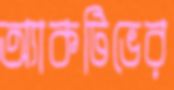
অ্যাকটিভের